Civil Veterinary Dept. Bombay admin report 1907-1913 - 1907-1913
Year: 1907
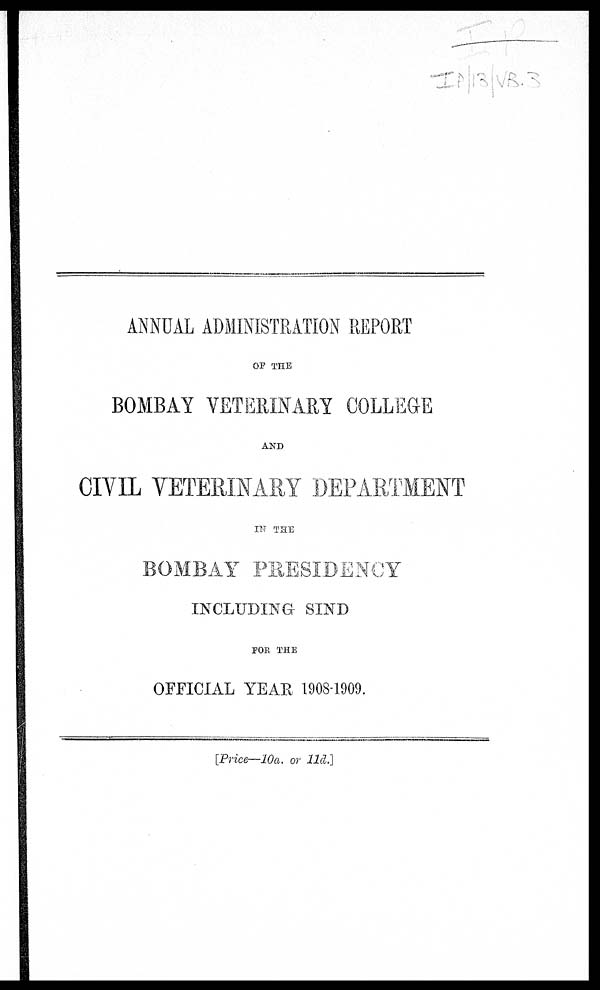
ANNUAL ADMINISTRATION REPORT
OF THE
BOMBAY VETERINARY COLLEGE
AND
CIVIL VETERINARY DEPARTMENT
IN THE
BOMBAY PRESIDENCY
INCLUDING SIND
FOR THE
OFFICIAL YEAR 1908-1909.
[Price—10a. or 11d.]